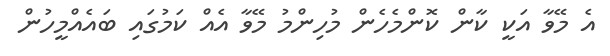
އެ މޭވާ އަކީ ކާން ކޮންމެހެން މުހިންމު މޭވާ އެއް ކަމުގައި ބައެއްމީހުން